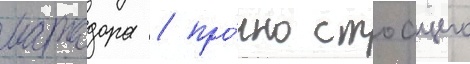
матадора / про́чно стоащего